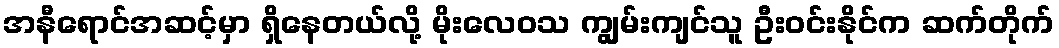
အနီရောင်အဆင့်မှာ ရှိနေတယ်လို့ မိုးလေဝသ ကျွမ်းကျင်သူ ဦးဝင်းနိုင်က ဆက်တိုက်